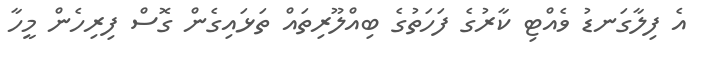
އެ ފިލާގަނޑު ވެއްޓި ކާރުގެ ފަހަތުގެ ބިއްލޫރިތައް ތަޅައިގެން ގޮސް ފިރިހެން މީހާ